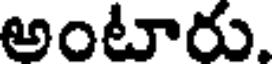
అంటారు.